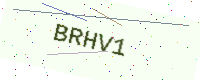
Text: BRHV1